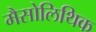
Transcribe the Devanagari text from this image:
मैसोलिथिक